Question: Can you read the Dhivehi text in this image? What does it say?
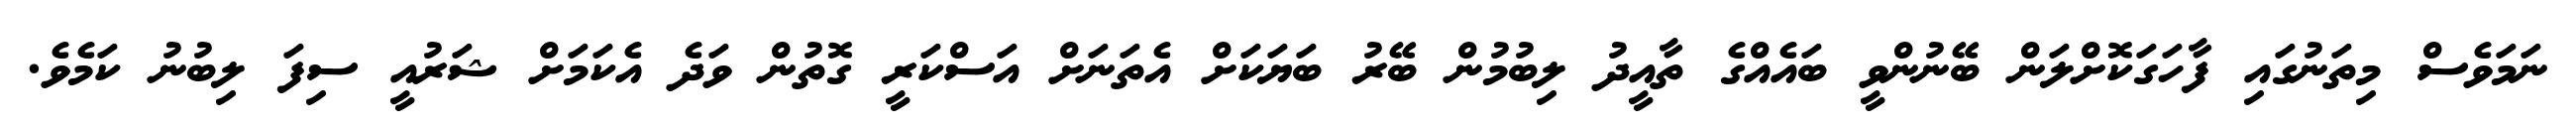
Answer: ނަމަވެސް މިތަނުގައި ފާހަގަކޮށްލަން ބޭނުންވީ ބައެއްގެ ތާއީދު ލިބުމުން ބޭރު ބަޔަކަށް އެތަނަށް އަސްކަރީ ގޮތުން ވަދެ އެކަމަށް ޝަރުއީ ސިފަ ލިބުނު ކަމެވެ.